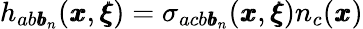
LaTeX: h_{ab{\pmb b}_{n}}({\pmb x},{\pmb\xi})=\sigma_{acb{\pmb b}_{n}}({\pmb x},{\pmb\xi})n_{c}({\pmb x})